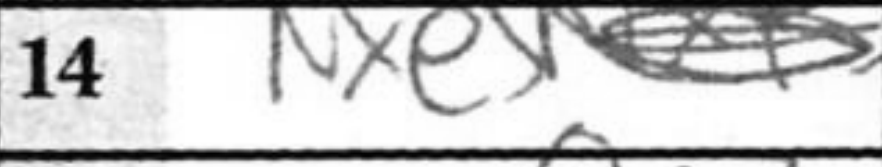
Transcription: Nxe5